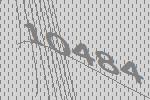
10484